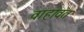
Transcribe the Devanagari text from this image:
वाहावत